Madras plague regulations and rules - Volume 2
Disease focus: Plague
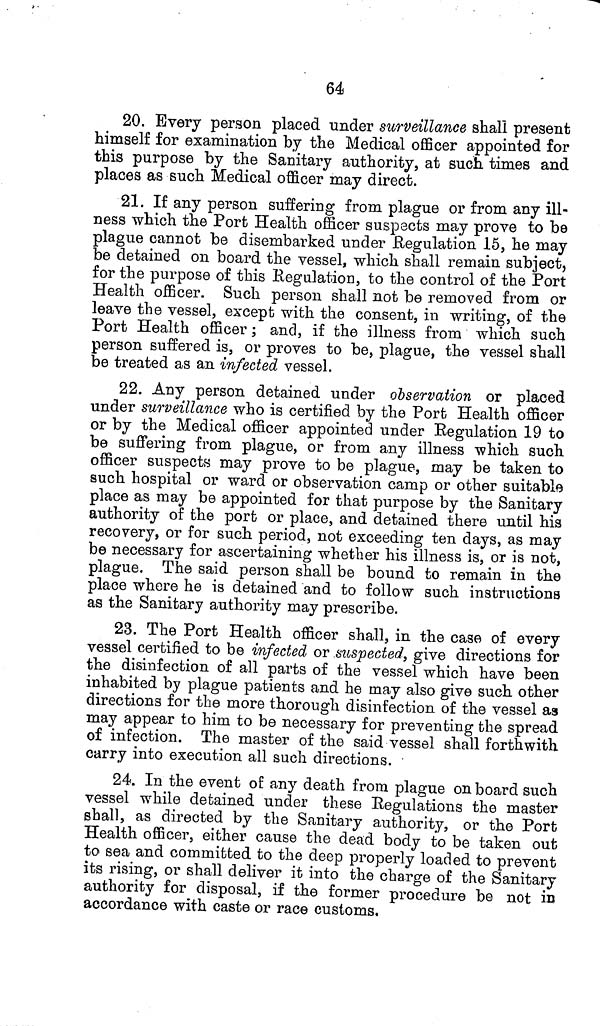
64
20. Every person placed under surveillance shall present
himself for examination by the Medical officer appointed for
this purpose by the Sanitary authority, at such times and
places as such Medical officer may direct.
21. If any person suffering from plague or from any ill-
ness which the Port Health officer suspects may prove to be
plague cannot be disembarked under Regulation 15, he may
be detained on board the vessel, which shall remain subject,
for the purpose of this Regulation, to the control of the Port
Health officer. Such person shall not be removed from or
leave the vessel, except with the consent, in writing, of the
Port Health officer ; and, if the illness from which such
person suffered is, or proves to be, plague, the vessel shall
be treated as an infected vessel.
22. Any person detained under observation or placed
under surveillance who is certified by the Port Health officer
or by the Medical officer appointed under Regulation 19 to
be suffering from plague, or from any illness which such
officer suspects may prove to be plague, may be taken to
such hospital or ward or observation camp or other suitable
place as may be appointed for that purpose by the Sanitary
authority of the port or place, and detained there until his
recovery, or for such period, not exceeding ten days, as may
be necessary for ascertaining whether his illness is, or is not,
plague. The said person shall be bound to remain in the
place where he is detained and to follow such instructions
as the Sanitary authority may prescribe.
23. The Port Health officer shall, in the case of every
vessel certified to be infected or suspected, give directions for
the disinfection of all parts of the vessel which have been
inhabited by plague patients and he may also give such other
directions for the more thorough disinfection of the vessel as
may appear to him to be necessary for preventing the spread
of infection. The master of the said vessel shall forthwith
carry into execution all such directions.
24. In the event of any death from plague on board such
vessel while detained under these Regulations the master
shall, as directed by the Sanitary authority, or the Port
Health officer, either cause the dead body to be taken out
to sea and committed to the deep properly loaded to prevent
its rising, or shall deliver it into the charge of the Sanitary
authority for disposal, if the former procedure be not in
accordance with caste or race customs.